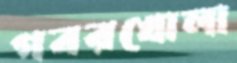
গবরখোলা